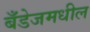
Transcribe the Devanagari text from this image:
बँडेजमधील